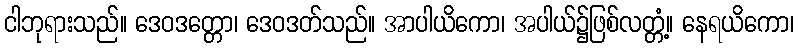
ငါဘုရားသည်။ ဒေဝဒတ္တော၊ ဒေဝဒတ်သည်။ အာပါယိကော၊ အပါယ်၌ဖြစ်လတ္တံ့။ နေရယိကော၊